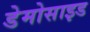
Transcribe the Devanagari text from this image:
डेमोसाइड